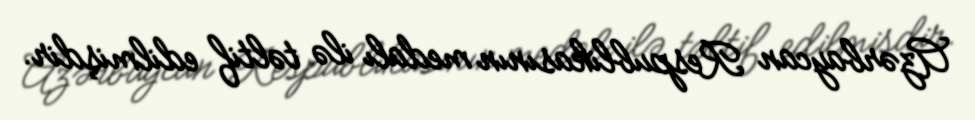
Azərbaycan Respublikasının medalı ilə təltif edilmişdir.